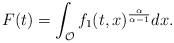
\begin{align*}F(t) = \int_{\mathcal{O}} f_1(t,x)^{\frac{\alpha}{\alpha -1}} dx .\end{align*}